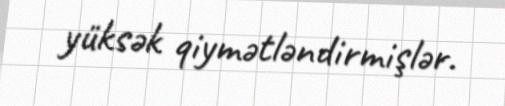
yüksək qiymətləndirmişlər.